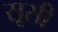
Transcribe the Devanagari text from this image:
सूसी